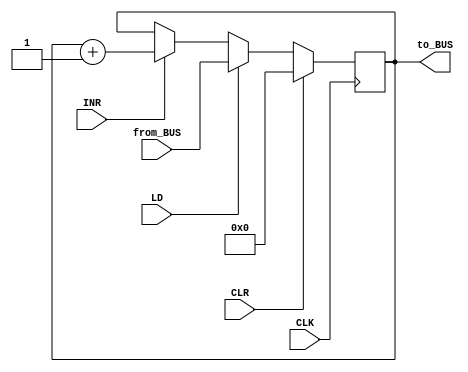


 module reg16_INR (
  output reg [15:0]to_BUS,
  input INR,
  input CLK,
  input CLR,
  input LD,
  input [15:0]from_BUS );
  
  reg [15:0]tempc ;

  //assign to_BUS = tempc;

  always @(posedge CLK) 
    begin
     if(CLR == 1)
      to_BUS <= 16'd0;
     else if(LD == 1)
      to_BUS <= from_BUS;
     else if(INR == 1)
       to_BUS = to_BUS + 1;
     else
        to_BUS = to_BUS;
    end
  endmodule